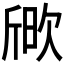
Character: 𣣒